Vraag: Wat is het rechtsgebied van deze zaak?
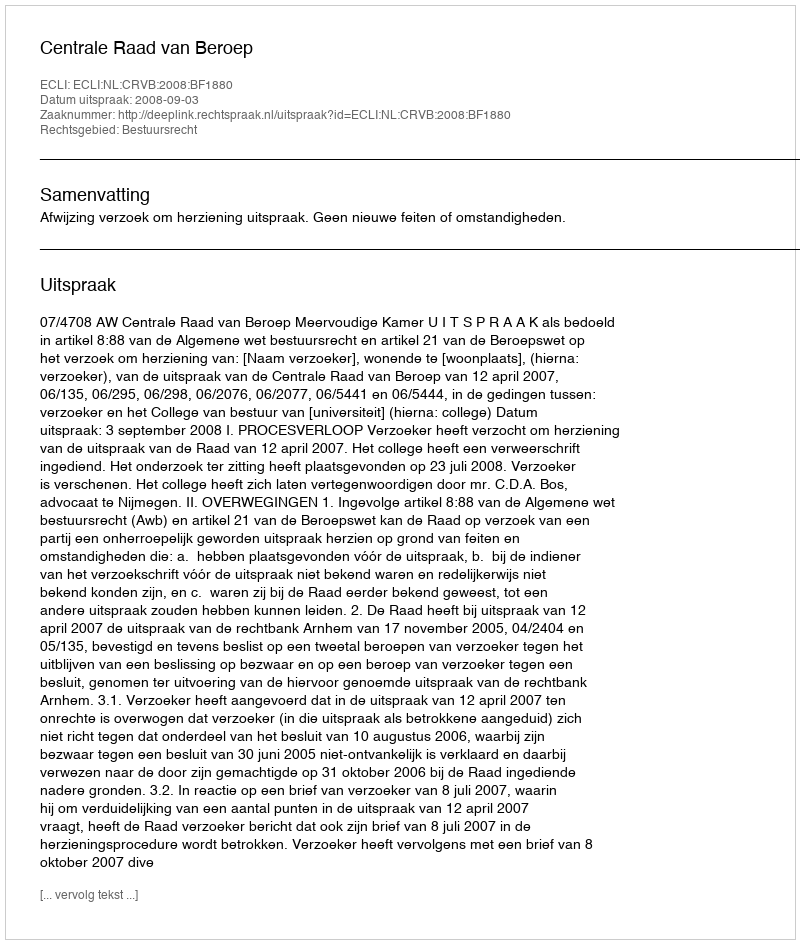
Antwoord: Bestuursrecht